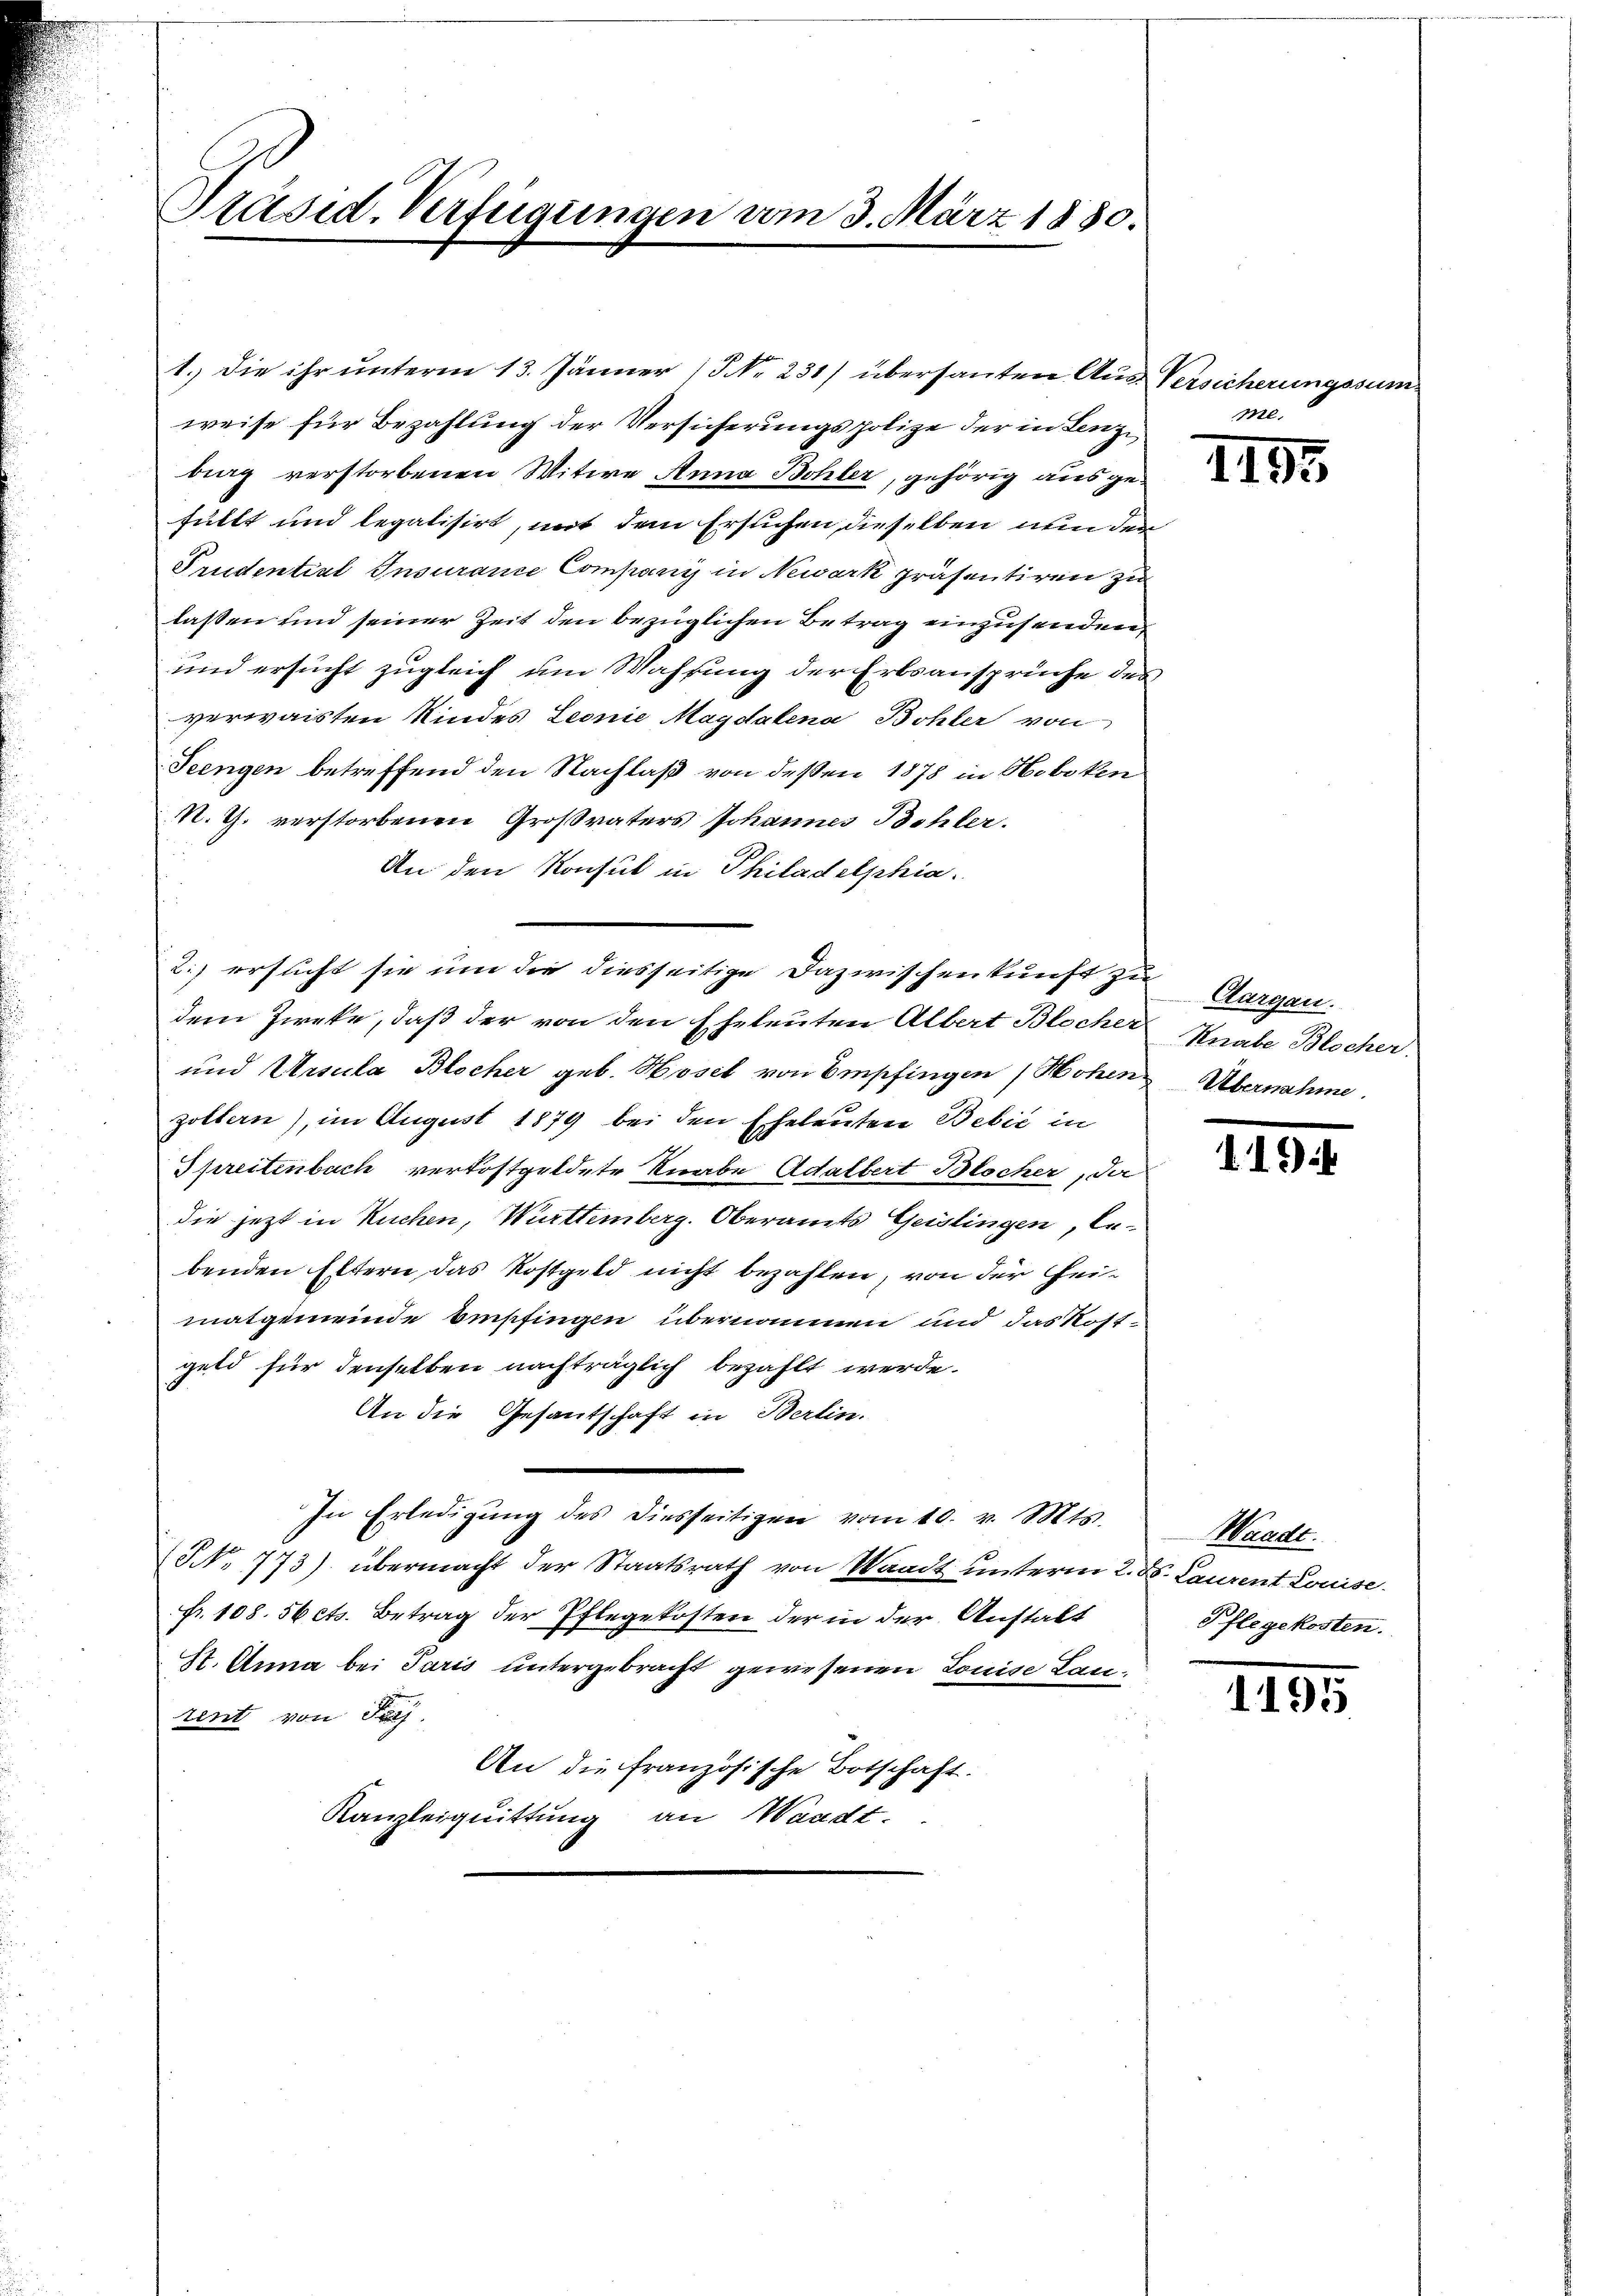
Präsid. Verfügungen vom 3. März 1880.

weise für Bezahlung der Versicherungspolize der in Lenzbig verstorbenen Witwe Anna Bohler, gehörig ausgefüllt und legalisirt, mit dem Ersuchen dieselben nun der
Trudential Insurance Company in Newark präsentiren zu
lassen und seiner Zeit den bezüglichen Betrag einzusenden
und ersucht zugleich um Wahrung der Erbsansprüche des
verwaisten Kindes Leonie Magdalena Bohler von
Teengen betreffend den Nachlaß von deßen 1878 in Hobeken
N. Th. verstorbenen Großvaters Johannes Bohler.
An den Konsul in Philadelphia
dem Zweke, daß der von den Eheleuten Albert Blocher Knabe Blocher.
und Ursula Blocher geb. Hösel von Empfingen (Hohen Übernahme.
goltern), im August 1879 bei den Eheleuten Bebić in
Streitenbach verkostgeldete Knabe Adalbert Blocher, Ja
die jetzt in Kuchen, Württemberg. Oberamts Geislingen, lebenden Eltern das Kostgeld nicht bezahlen, von der Heimatgemeinde Empfingen übernommen und das Rost-
geld für denselben nachträglich bezahlt werde.
An die Gesantschaft in Berlin.
In Erledigŭng des diesseitigen vom 10. v. Mts.
NNo. 773) übermacht der Staatsrath von Waadt unterm 2. ds. Laurent Louise.
fr. 108. 56 ets. Betrag der Pflegekosten der in der Anstalt
St. Anna bei Paris untergebracht gewesenen Louise Lanrent von Sach
An die französische Botschaft.
Kanzleiquittung an Waadt.

2.) ersucht sie um die diesseitige Dazwischenkunft zu Aargau.

1.) Die ihr unterm 13. Jänner (S. 231) übersanten Aus Versicherungssum

Ml.

1195

194

Wanke
Pflegekosten.

1195